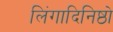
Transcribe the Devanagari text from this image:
लिंगादिनिष्ठो